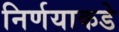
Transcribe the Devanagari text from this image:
निर्णयाकडे